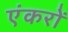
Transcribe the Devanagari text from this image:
एंकरों